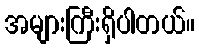
အများကြီးရှိပါတယ်။